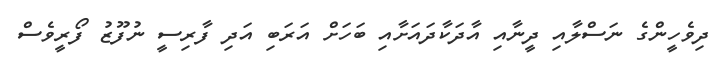
ދިވެހީންގެ ނަސްލާއި ދީނާއި އާދަކާދައަށާއި ބަހަށް އަރަބި އަދި ފާރިސީ ނުފޫޒު ފޯރީވެސް